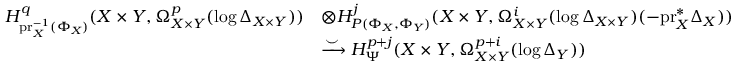
\begin{array} { r l } { H _ { \mathrm { p r } _ { X } ^ { - 1 } ( \Phi _ { X } ) } ^ { q } ( X \times Y , \Omega _ { X \times Y } ^ { p } ( \log \Delta _ { X \times Y } ) ) } & { \otimes H _ { P ( \Phi _ { X } , \Phi _ { Y } ) } ^ { j } ( X \times Y , \Omega _ { X \times Y } ^ { i } ( \log \Delta _ { X \times Y } ) ( - \mathrm { p r } _ { X } ^ { * } \Delta _ { X } ) ) } \\ & { \xrightarrow { \smile } H _ { \Psi } ^ { p + j } ( X \times Y , \Omega _ { X \times Y } ^ { p + i } ( \log \Delta _ { Y } ) ) } \end{array}